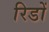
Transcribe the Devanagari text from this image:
रिडों